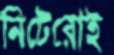
নিটেরোই